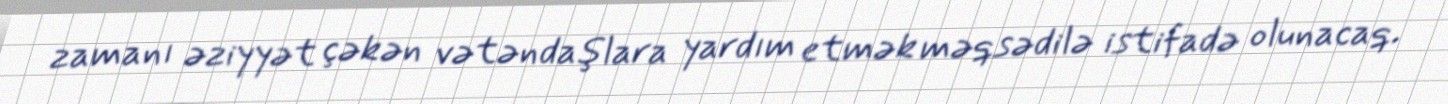
zamanı əziyyət çəkən vətəndaşlara yardım etmək məqsədilə istifadə olunacaq.